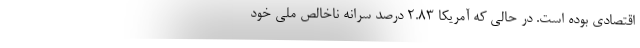
اقتصادی بوده است. در حالی که آمریکا ۲.۸۳ درصد سرانه ناخالص ملی خود